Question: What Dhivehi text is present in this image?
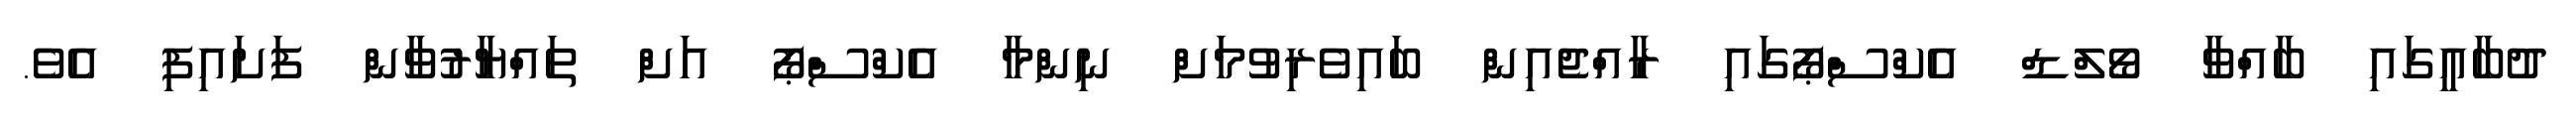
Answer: ދުބާއީގައި ބާއްވާ ވޯލްޑް އެކްސްޕޯގައި ރާއްޖެއިން ބައިވެރިވުމަށް ނިންމާ އެކްސްޕޯ އަށް ތައްޔާރުވާން ފަށައިފި އެވެ.